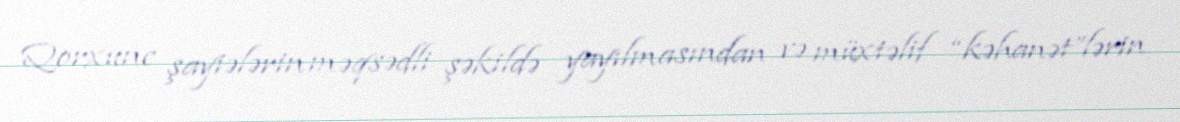
Qorxunc şayiələrin məqsədli şəkildə yayılmasından və müxtəlif “kəhanət”lərin